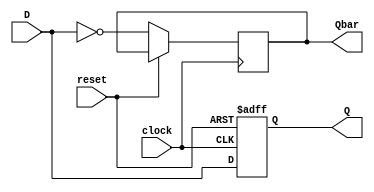
module flipflopD(clock, D, Q, Qbar, reset);
    input clock, D, reset;
    output reg Q;
    output reg Qbar;

    always @(posedge clock, posedge reset) begin
        if(reset == 1'b1) Q = 1'b0;
        else begin
            Q = D;
            Qbar = ~D;
        end
    end
endmodule